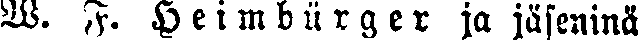
W. F. Heimburger ja jäseninä